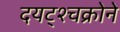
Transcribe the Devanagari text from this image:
दयट्श्चक्रोने